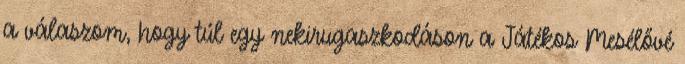
a válaszom, hogy túl egy nekirugaszkodáson a Játékos Mesélővé